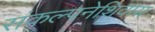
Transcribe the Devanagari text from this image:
संकल्पनेशिवाय